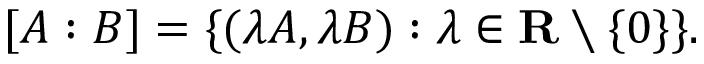
[ A : B ] = \{ ( \lambda A , \lambda B ) : \lambda \in \mathbf { R } \setminus \{ 0 \} \} .